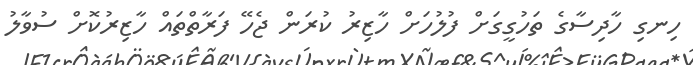
ހިނގި ހާދިސާގެ ތަހުގީގަށް ފުލުހަށް ހާޒިރު ކުރަން ޖެހޭ ފަރާތްތައް ހާޒިރުކޮށް ސުވާލު